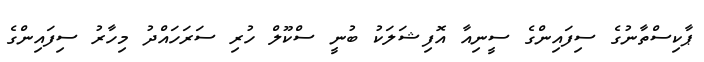
ޕާކިސްތާނުގެ ސިފައިންގެ ސީނިއާ އޮފިޝަލަކު ބުނީ ސްކޫލް ހުރި ސަރަހައްދު މިހާރު ސިފައިންގެ